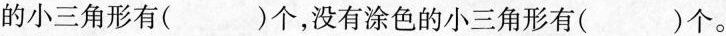
的小三角形有( )个，没有涂色的小三角形有()个。